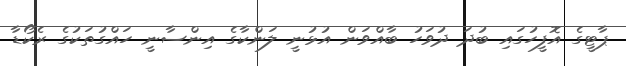
ޕާޓީގެ އޮފީހުގައި ބުދަ ދުވަހު ބާއްވަން އުޅުނީ ލަންކާގެ އިންސާނީ ހައްގުތަކުގެ ރެކޯޑާ